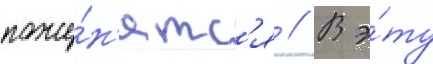
поже́н'ятс'я // В э́ту